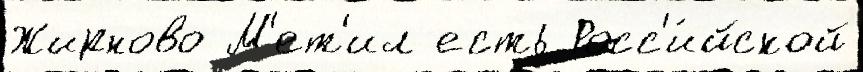
Жирново М'ет'ил есть Росс'и́йской